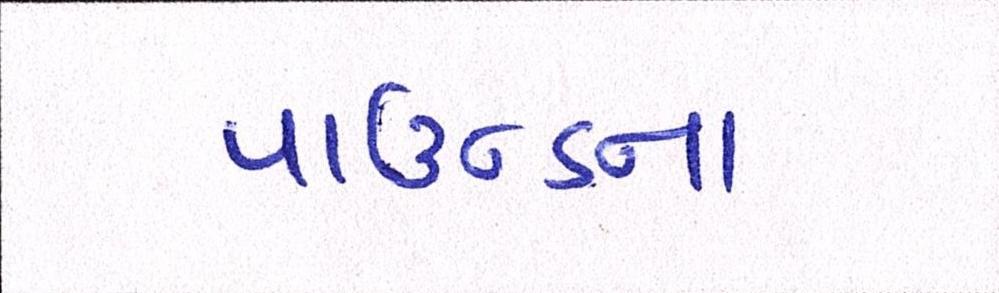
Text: પાઉન્ડના